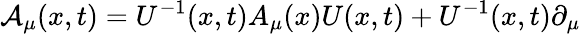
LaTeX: {\cal A}_{\mu}(x,t)=U^{-1}(x,t)A_{\mu}(x)U(x,t)+U^{-1}(x,t)\partial_{\mu}